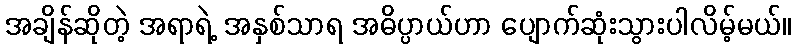
အချိန်ဆိုတဲ့ အရာရဲ့ အနှစ်သာရ အဓိပ္ပာယ်ဟာ ပျောက်ဆုံးသွားပါလိမ့်မယ်။